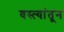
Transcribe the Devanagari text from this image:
वस्त्यांतून